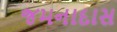
જમનાદાસ